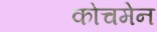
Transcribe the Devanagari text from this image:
कोचमेन